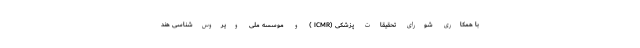
با همکاری شورای تحقیقات پزشکی (ICMR ) و موسسه ملی ویروس‌شناسی هند